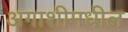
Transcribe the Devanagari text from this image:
अगाशीमधील